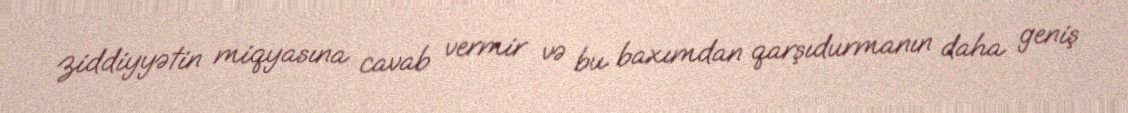
ziddiyyətin miqyasına cavab vermir və bu baxımdan qarşıdurmanın daha geniş